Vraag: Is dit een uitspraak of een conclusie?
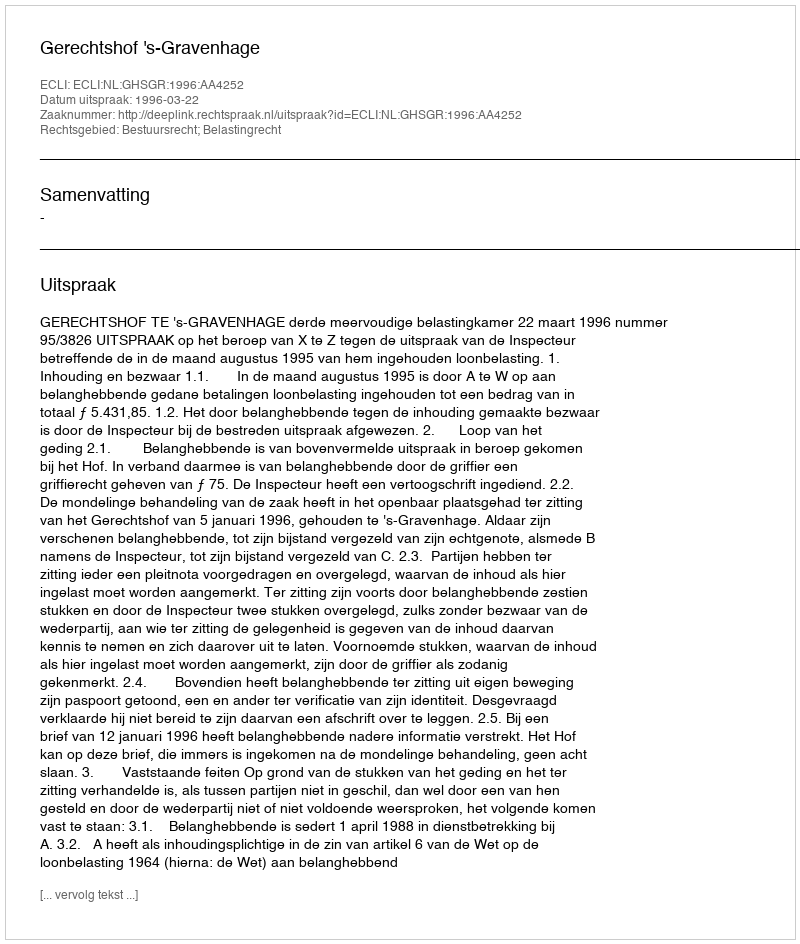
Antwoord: Uitspraak